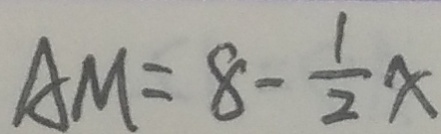
A M = 8 - \frac { 1 } { 2 } x